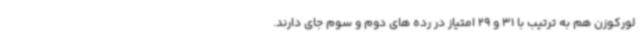
لورکوزن هم به ترتیب با 31 و 29 امتیاز در رده های دوم و سوم جای دارند.